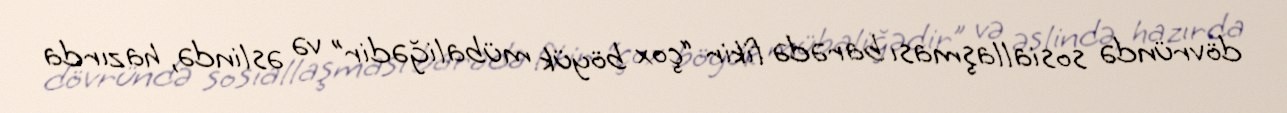
dövründə sosiallaşması barədə fikir “çox böyük mübaliğədir” və əslində, hazırda